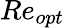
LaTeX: Re_{opt}